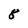
Character: 8